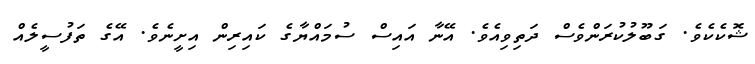
ޝޮކެކެވެ. ގަބޫލުކުރަންވެސް ދަތިވިއެވެ. އޭނާ އައިސް ސުމައްޔާގެ ކައިރިން އިށީނެވެ. އޭގެ ތަފުސީލެއް